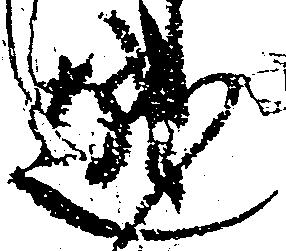
越